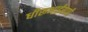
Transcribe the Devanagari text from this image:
धीरूभाईंसाठी